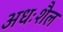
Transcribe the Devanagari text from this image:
अधःशैल